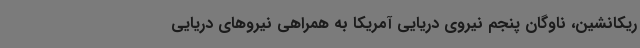
ریکانشین، ناوگان پنجم نیروی دریایی آمریکا به همراهی نیروهای دریایی